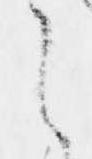
は